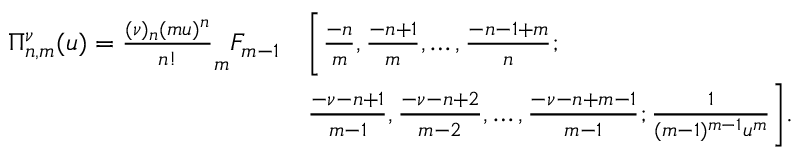
\begin{array} { r l } { \Pi _ { n , m } ^ { \nu } ( u ) = \frac { ( \nu ) _ { n } ( m u ) ^ { n } } { n ! } _ { m } F _ { m - 1 } } & { \Bigg [ \frac { - n } { m } , \frac { - n + 1 } { m } , \hdots , \frac { - n - 1 + m } { n } ; } \\ & { \frac { - \nu - n + 1 } { m - 1 } , \frac { - \nu - n + 2 } { m - 2 } , \hdots , \frac { - \nu - n + m - 1 } { m - 1 } ; \frac { 1 } { ( m - 1 ) ^ { m - 1 } u ^ { m } } \Bigg ] . } \end{array}